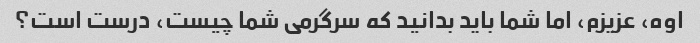
اوه، عزیزم، اما شما باید بدانید که سرگرمی شما چیست، درست است؟